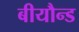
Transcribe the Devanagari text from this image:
बीयौन्ड